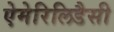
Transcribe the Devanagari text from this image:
ऐमेरिलिडैसी